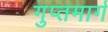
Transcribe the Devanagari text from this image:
गुप्तमार्ग